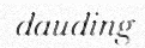
dauding